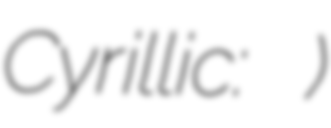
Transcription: Cyrillic: Ђулићи)